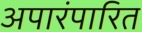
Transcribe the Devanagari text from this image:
अपारंपारित